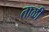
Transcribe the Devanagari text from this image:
ताळी